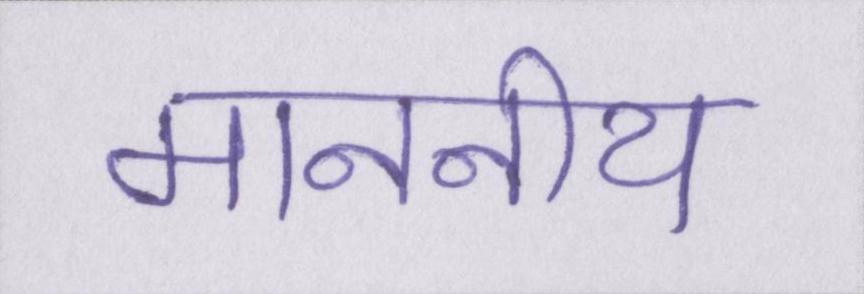
माननीय